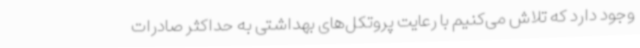
وجود دارد که تلاش می‌کنیم با رعایت پروتکل‌های بهداشتی به حداکثر صادرات